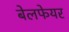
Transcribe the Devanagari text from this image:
बेलफेयर